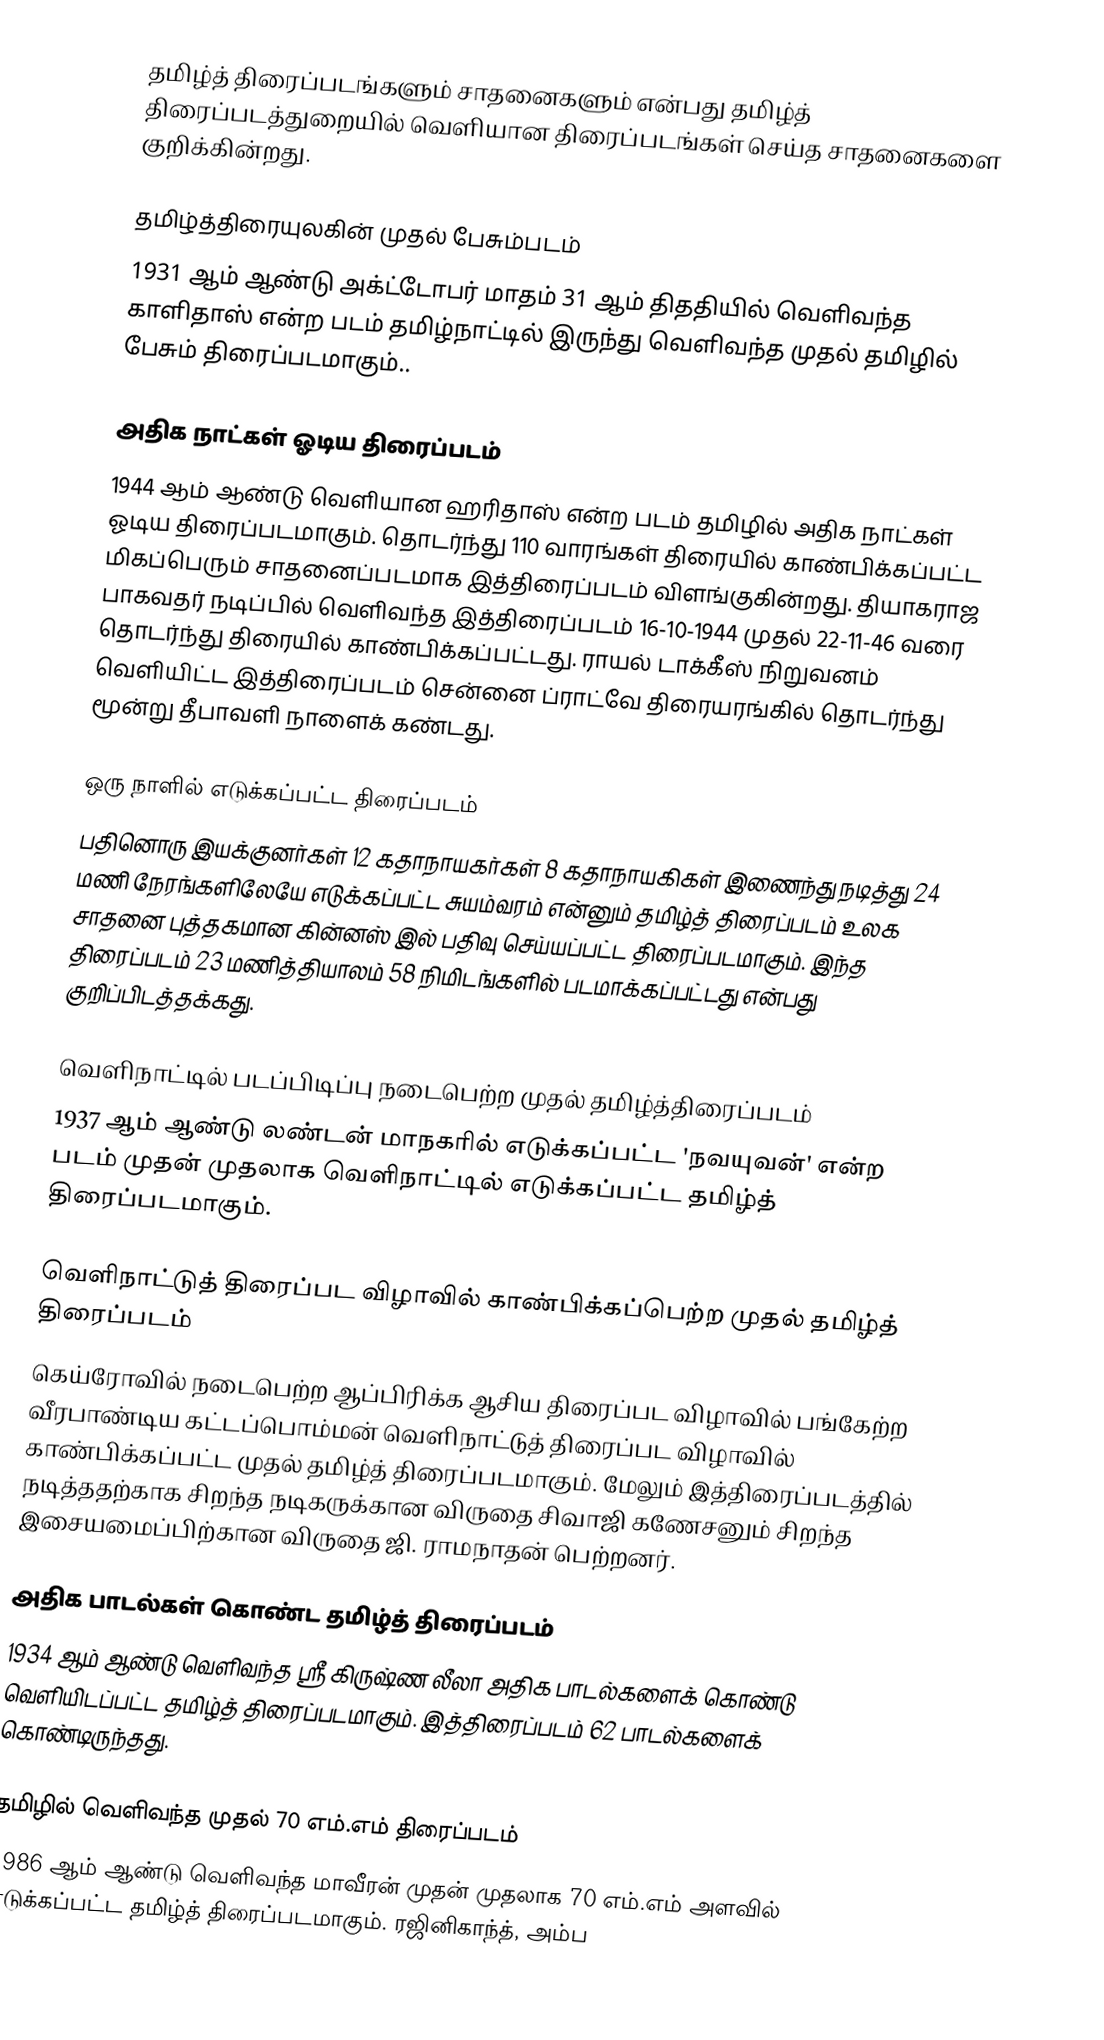
தமிழ்த் திரைப்படங்களும் சாதனைகளும் என்பது தமிழ்த் திரைப்படத்துறையில் வெளியான திரைப்படங்கள் செய்த சாதனைகளை குறிக்கின்றது.

தமிழ்த்திரையுலகின் முதல் பேசும்படம்
1931 ஆம் ஆண்டு அக்ட்டோபர் மாதம் 31 ஆம் திததியில் வெளிவந்த காளிதாஸ் என்ற படம் தமிழ்நாட்டில் இருந்து வெளிவந்த முதல் தமிழில் பேசும் திரைப்படமாகும்..

அதிக நாட்கள் ஓடிய திரைப்படம்
1944 ஆம் ஆண்டு வெளியான ஹரிதாஸ் என்ற படம் தமிழில் அதிக நாட்கள் ஓடிய திரைப்படமாகும். தொடர்ந்து 110 வாரங்கள் திரையில் காண்பிக்கப்பட்ட மிகப்பெரும் சாதனைப்படமாக இத்திரைப்படம் விளங்குகின்றது. தியாகராஜ பாகவதர் நடிப்பில் வெளிவந்த இத்திரைப்படம் 16-10-1944 முதல் 22-11-46 வரை தொடர்ந்து திரையில் காண்பிக்கப்பட்டது. ராயல் டாக்கீஸ் நிறுவனம் வெளியிட்ட இத்திரைப்படம் சென்னை ப்ராட்வே திரையரங்கில் தொடர்ந்து மூன்று தீபாவளி நாளைக் கண்டது.

ஒரு நாளில் எடுக்கப்பட்ட திரைப்படம்
பதினொரு இயக்குனர்கள் 12 கதாநாயகர்கள் 8 கதாநாயகிகள் இணைந்து நடித்து 24 மணி நேரங்களிலேயே எடுக்கப்பட்ட சுயம்வரம் என்னும் தமிழ்த் திரைப்படம் உலக சாதனை புத்தகமான கின்னஸ் இல் பதிவு செய்யப்பட்ட திரைப்படமாகும். இந்த திரைப்படம் 23 மணித்தியாலம் 58 நிமிடங்களில் படமாக்கப்பட்டது என்பது குறிப்பிடத்தக்கது.

வெளிநாட்டில் படப்பிடிப்பு நடைபெற்ற முதல் தமிழ்த்திரைப்படம்
1937 ஆம் ஆண்டு லண்டன் மாநகரில் எடுக்கப்பட்ட 'நவயுவன்' என்ற படம்  முதன் முதலாக வெளிநாட்டில் எடுக்கப்பட்ட தமிழ்த் திரைப்படமாகும்.

வெளிநாட்டுத் திரைப்பட விழாவில் காண்பிக்கப்பெற்ற முதல் தமிழ்த் திரைப்படம்
கெய்ரோவில் நடைபெற்ற ஆப்பிரிக்க ஆசிய திரைப்பட விழாவில் பங்கேற்ற வீரபாண்டிய கட்டப்பொம்மன் வெளிநாட்டுத் திரைப்பட விழாவில் காண்பிக்கப்பட்ட முதல் தமிழ்த் திரைப்படமாகும். மேலும் இத்திரைப்படத்தில் நடித்ததற்காக சிறந்த நடிகருக்கான விருதை சிவாஜி கணேசனும் சிறந்த இசையமைப்பிற்கான விருதை ஜி. ராமநாதன் பெற்றனர்.

அதிக பாடல்கள் கொண்ட தமிழ்த் திரைப்படம்
1934 ஆம் ஆண்டு வெளிவந்த ஸ்ரீ கிருஷ்ண லீலா அதிக பாடல்களைக் கொண்டு வெளியிடப்பட்ட தமிழ்த் திரைப்படமாகும். இத்திரைப்படம் 62 பாடல்களைக் கொண்டிருந்தது.

தமிழில் வெளிவந்த முதல் 70 எம்.எம் திரைப்படம்
1986 ஆம் ஆண்டு வெளிவந்த மாவீரன் முதன் முதலாக 70 எம்.எம் அளவில் எடுக்கப்பட்ட தமிழ்த் திரைப்படமாகும். ரஜினிகாந்த், அம்ப